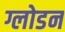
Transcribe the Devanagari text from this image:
ग्लोडन